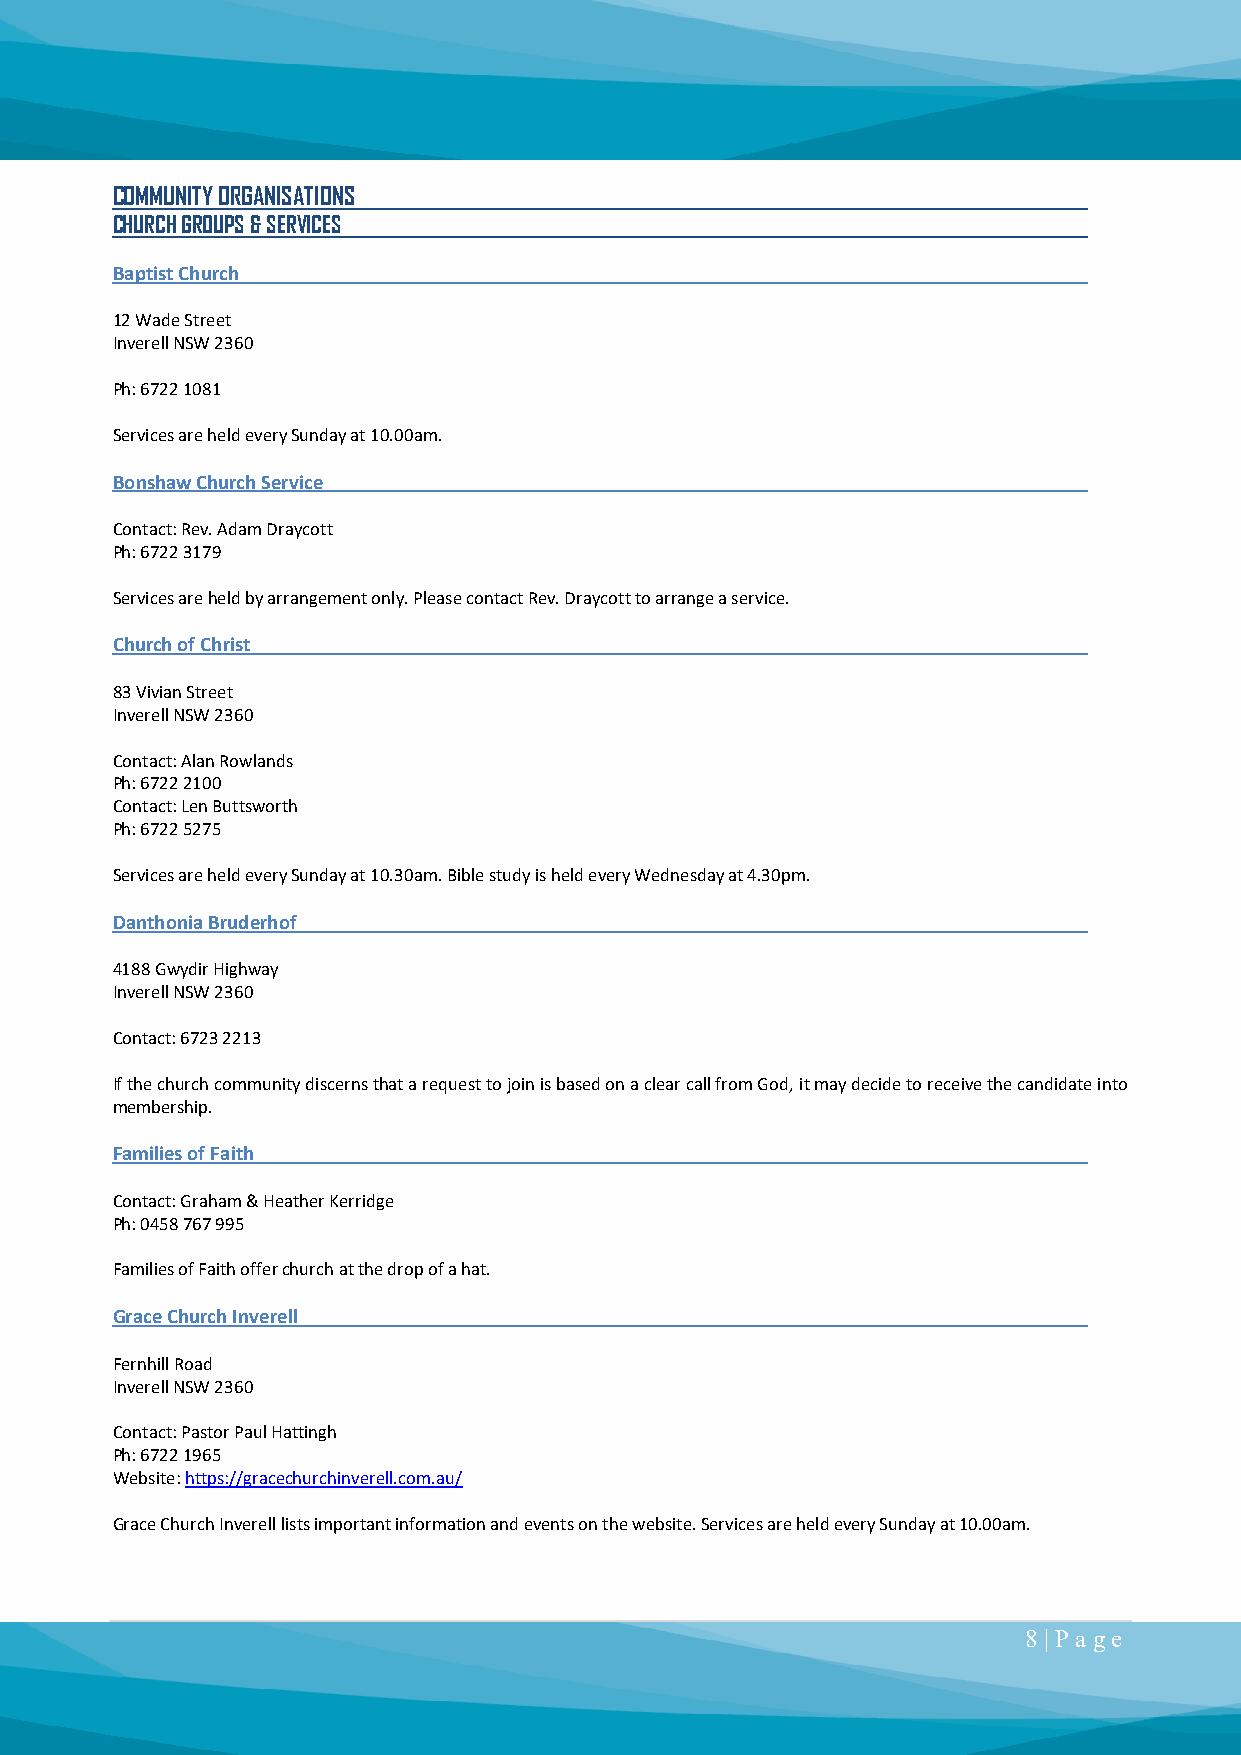
COMMUNITY ORGANISATIONS
 CHURCH GROUPS & SERVICES
 Baptist Church
 12 Wade Street
 Inverell NSW 2360
 Ph: 6722 1081
 Services are held every Sunday at 10.00am.
 Bonshaw Church Service
 Contact: Rev. Adam Draycott
 Ph: 6722 3179
 Services are held by arrangement only. Please contact Rev. Draycott to arrange a service.
 Church of Christ
 83 Vivian Street
 Inverell NSW 2360
 Contact: Alan Rowlands
 Ph: 6722 2100
 Contact: Len Buttsworth
 Ph: 6722 5275
 Services are held every Sunday at 10.30am. Bible study is held every Wednesday at 4.30pm.
 Danthonia Bruderhof
 4188 Gwydir Highway
 Inverell NSW 2360
 Contact: 6723 2213
 If the church community discerns that a request to join is based on a clear call from God, it may decide to receive the candidate into
 membership.
 Families of Faith
 Contact: Graham & Heather Kerridge
 Ph: 0458 767 995
 Families of Faith offer church at the drop of a hat.
 Grace Church Inverell
 Fernhill Road
 Inverell NSW 2360
 Contact: Pastor Paul Hattingh
 Ph: 6722 1965
 Website: https://gracechurchinverell.com.au/
 Grace Church Inverell lists important information and events on the website. Services are held every Sunday at 10.00am.
 8 | P a ge